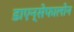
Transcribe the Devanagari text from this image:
डाएन्सेफालोन